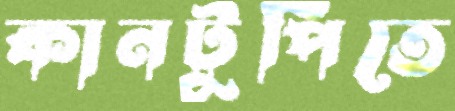
কানটুপিতে